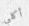
أكلي